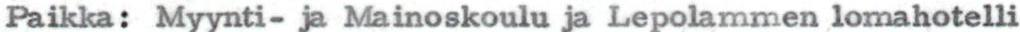
Paikka: Myynti- ja Mainoskoulu ja Lepolammen lomahotelli